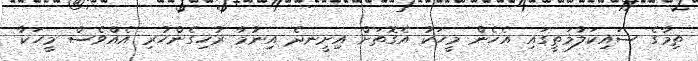
ތިމާގެ ސައިކަލުމަތީގައި އެހެން މީހަކު އެގޮތަށް އިށީނދެ އިނުމާ ރުހިގެންހުރި އެއްވެސް މީހަކާ